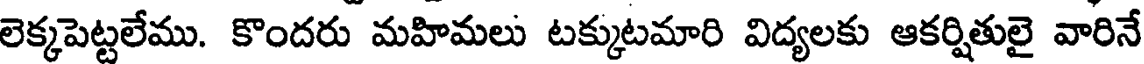
లెక్కపెట్టలేము. కొందరు మహిమలు టక్కుటమారి విద్యలకు ఆకర్షితులై వారినే